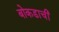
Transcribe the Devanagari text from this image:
बोकडाची